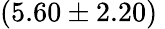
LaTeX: (5.60\pm 2.20)\